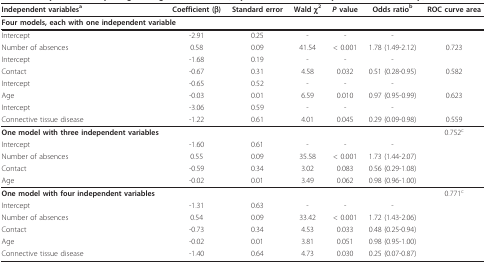
| Independent variablesa | Coefficient (β) | Standard error | Wald χ2 | P value | Odds ratiob | ROC curve area |
 | --- | --- | --- | --- | --- | --- | --- |
 | <COLSPAN=7> Four models, each with one independent variable |
 | Intercept | -2.91 | 0.25 | - | - | - |  |
 | Number of absences | 0.58 | 0.09 | 41.54 | < 0.001 | 1.78 (1.49-2.12) | 0.723 |
 | Intercept | -1.68 | 0.19 | - | - | - |  |
 | Contact | -0.67 | 0.31 | 4.58 | 0.032 | 0.51 (0.28-0.95) | 0.582 |
 | Intercept | -0.65 | 0.52 | - | - | - |  |
 | Age | -0.03 | 0.01 | 6.59 | 0.010 | 0.97 (0.95-0.99) | 0.623 |
 | Intercept | -3.06 | 0.59 | - | - | - |  |
 | Connective tissue disease | -1.22 | 0.61 | 4.01 | 0.045 | 0.29 (0.09-0.98) | 0.559 |
 | One model with three independent variables |  |  |  |  |  | 0.752c |
 | Intercept | -1.60 | 0.61 | - | - | - |  |
 | Number of absences | 0.55 | 0.09 | 35.58 | < 0.001 | 1.73 (1.44-2.07) |  |
 | Contact | -0.59 | 0.34 | 3.02 | 0.083 | 0.56 (0.29-1.08) |  |
 | Age | -0.02 | 0.01 | 3.49 | 0.062 | 0.98 (0.96-1.00) |  |
 | One model with four independent variables |  |  |  |  |  | 0.771c |
 | Intercept | -1.31 | 0.63 | - | - | - |  |
 | Number of absences | 0.54 | 0.09 | 33.42 | < 0.001 | 1.72 (1.43-2.06) |  |
 | Contact | -0.73 | 0.34 | 4.53 | 0.033 | 0.48 (0.25-0.94) |  |
 | Age | -0.02 | 0.01 | 3.81 | 0.051 | 0.98 (0.95-1.00) |  |
 | Connective tissue disease | -1.40 | 0.64 | 4.73 | 0.030 | 0.25 (0.07-0.87) |  |